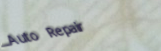
Auto Repair